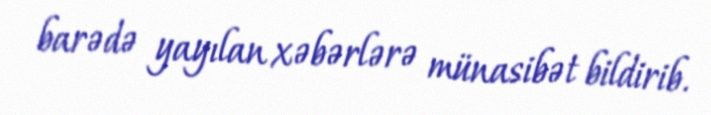
barədə yayılan xəbərlərə münasibət bildirib.